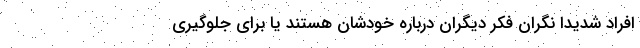
افراد شدیداً نگرانِ فکر دیگران درباره‌ خودشان هستند یا برای جلوگیری